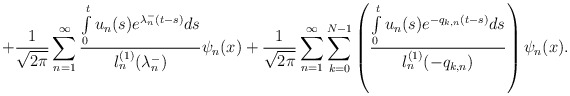
\begin{align*}+\frac{1}{\sqrt{2\pi}}\sum_{n=1}^{\infty}\frac{\int\limits_0^tu_n(s)e^{\lambda^-_n(t-s)}ds}{l^{(1)}_n(\lambda^-_n)}\psi_n(x)+\frac{1}{\sqrt{2\pi}}\sum_{n=1}^{\infty}\sum\limits_{k=0}^{N-1}\left(\frac{\int\limits_0^tu_n(s)e^{-q_{k,n}(t-s)}ds}{l^{(1)}_n(-q_{k,n})}\right)\psi_n(x).\end{align*}